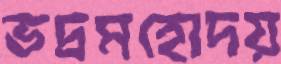
ভদ্রমহোদয়